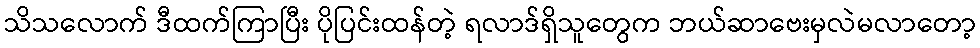
သိသလောက် ဒီထက်ကြာပြီး ပိုပြင်းထန်တဲ့ ရလာဒ်ရှိသူတွေက ဘယ်ဆာဗေးမှလဲမလာတော့